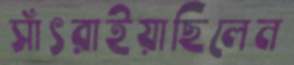
সাঁৎরাইয়াছিলেন